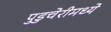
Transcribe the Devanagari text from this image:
पुडुचेरीमध्ये